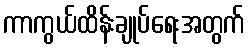
ကာကွယ်ထိန်းချုပ်ရေးအတွက်